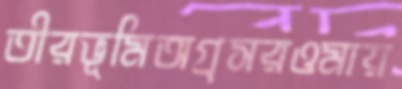
তীরভূমিঅগ্রসরওমায়